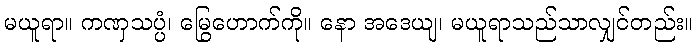
မယူရာ။ ကဏှသပ္ပံ၊ မြွေဟောက်ကို။ နော အဒေယျ၊ မယူရာသည်သာလျှင်တည်း။